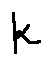
k